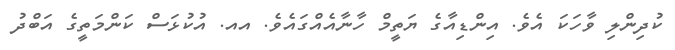
ކުދިންލި ވާހަކަ އެވެ. އިންޑިއާގެ ޔަތީމް ހާނާއެއްގައެވެ. އއ. އުކުޅަސް ކަންމަތީގެ އަބްދު